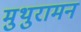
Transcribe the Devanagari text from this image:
मुथुरामन